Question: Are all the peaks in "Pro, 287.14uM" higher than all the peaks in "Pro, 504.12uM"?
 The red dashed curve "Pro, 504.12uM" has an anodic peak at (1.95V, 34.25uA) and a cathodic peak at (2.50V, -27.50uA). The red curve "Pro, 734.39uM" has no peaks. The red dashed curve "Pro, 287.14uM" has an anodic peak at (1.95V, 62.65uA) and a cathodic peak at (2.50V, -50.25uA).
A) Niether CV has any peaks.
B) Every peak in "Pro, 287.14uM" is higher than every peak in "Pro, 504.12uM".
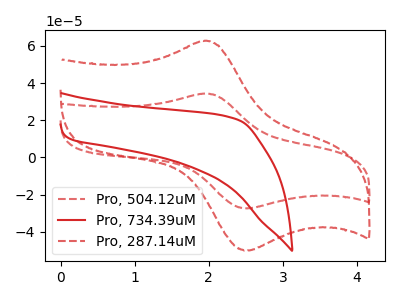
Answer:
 <answer>B) Every peak in "Pro, 287.14uM" is higher than every peak in "Pro, 504.12uM".</answer>
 <eval>B</eval>